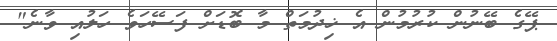
ޕޭގެ ބޭނުން ކުރުމުން އެ ޚިދުމަތް މާ ބޮޑަށް ފަސޭހަވެ ހަލުއި ވާނެ"